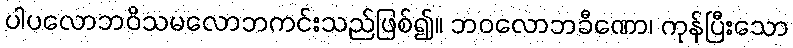
ပါပလောဘဝိသမလောဘကင်းသည်ဖြစ်၍။ ဘဝလောဘခီဏော၊ ကုန်ပြီးသော